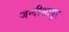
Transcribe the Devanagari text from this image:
जन्दीशापुर